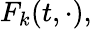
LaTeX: F_{k}(t,\cdot),